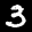
Label: 3